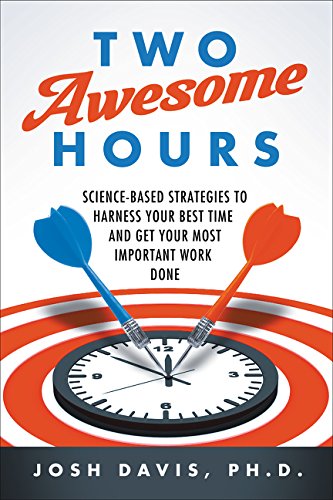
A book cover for Two Awesome Hours: Science-Based Strategies to Harness Your Best Time and Get Your Most Important Work Done; Josh Davis; Self-Help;